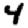
Digit: 4